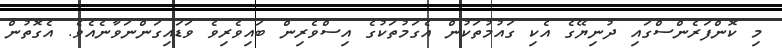
މި ކޮންފަރެންސްގައި ދުނިޔޭގެ އެކި ގައުމުތަކުން އެގަމުތަކުގެ އިސްވެރިން ބައިވެރިވެ ވަޑައިގަންނަވާނެއެވެ. އެގޮތުން